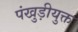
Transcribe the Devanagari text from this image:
पंखुड़ीयुक्त